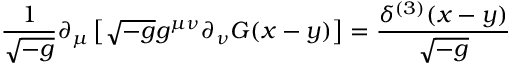
{ \frac { 1 } { \sqrt { - g } } } \partial _ { \mu } \left[ \sqrt { - g } g ^ { \mu \nu } \partial _ { \nu } G ( x - y ) \right] = { \frac { \delta ^ { ( 3 ) } ( x - y ) } { \sqrt { - g } } } \,